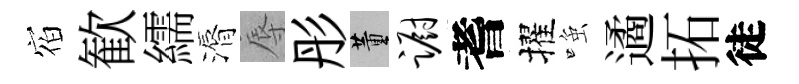
𪧐歓繻漘辱彤董蹰耆擢𫪻遹拓徒